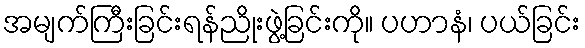
အမျက်ကြီးခြင်းရန်ညိုးဖွဲ့ခြင်းကို။ ပဟာနံ၊ ပယ်ခြင်း